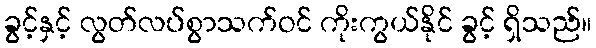
ခွင့်နှင့် လွတ်လပ်စွာသက်ဝင် ကိုးကွယ်နိုင် ခွင့် ရှိသည်။